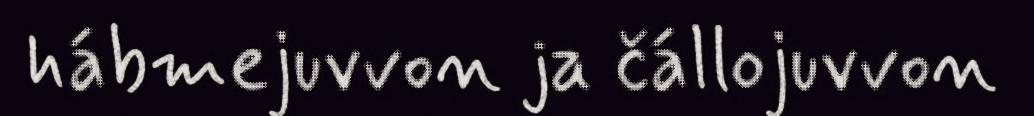
hábmejuvvon ja čállojuvvon